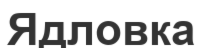
Ядловка